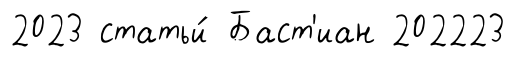
2023 статьи́ Баст'иан 202223